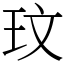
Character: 玟